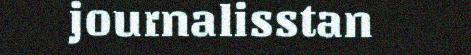
journalisstan